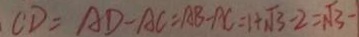
C D = A D - A C = A B - A C = 1 + \sqrt { 3 } - 2 = \sqrt { 3 } -